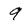
Character: 9